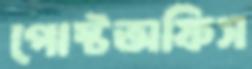
পোস্টঅফিস